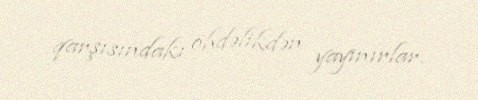
qarşısındakı öhdəlikdən yayınırlar.